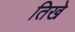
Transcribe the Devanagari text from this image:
तिखे